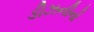
ડીઝનીનો